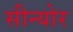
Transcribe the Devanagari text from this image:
सीन्योर